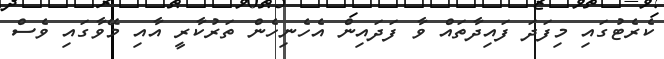
ކެރެޓުގައި މިފަދަ ފައިދާތައް ވާ ފަދައިން އެހެނިހެން ތަރުކާރީ އާއި މޭވާގައި ވެސް